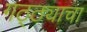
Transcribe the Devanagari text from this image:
गठ्ठ्याचा